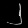
Digit: ၂